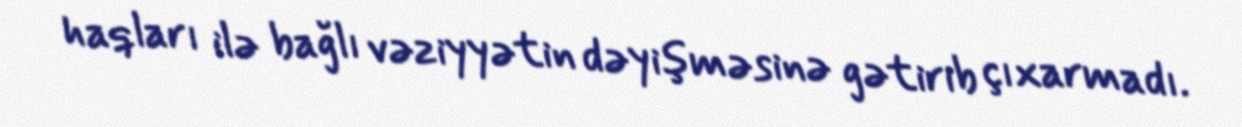
haqları ilə bağlı vəziyyətin dəyişməsinə gətirib çıxarmadı.